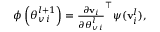
\begin{array} { r } { \boldsymbol { \phi } \left( \boldsymbol { \theta } _ { v \, i } ^ { l + 1 } \right) = \frac { \partial { \bf v } _ { i } } { \partial \boldsymbol { \theta } _ { v \, i } ^ { l } } ^ { \top } \boldsymbol { \psi } ( { \bf v } _ { i } ^ { l } ) , } \end{array}